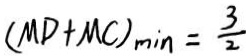
( M D + M C ) _ { \min } = \frac { 3 } { 2 }